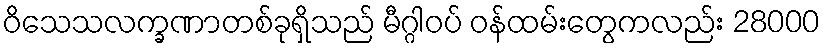
ဝိသေသလက္ခဏာတစ်ခုရှိသည် မီဂ္ဂါဝပ် ဝန်ထမ်းတွေကလည်း 28000